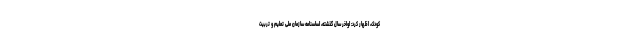
کودک، اظهار کرد: اواخر سال گذشته، اساسنامه سازمان ملی تعلیم و تربیت